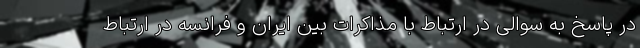
در پاسخ به سوالی در ارتباط با مذاکرات بین ایران و فرانسه در ارتباط